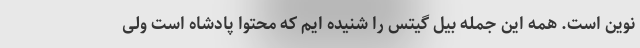
نوین است. همه این جمله بیل گیتس را شنیده ایم که محتوا پادشاه است ولی